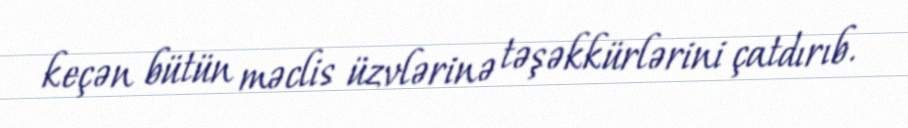
keçən bütün məclis üzvlərinə təşəkkürlərini çatdırıb.